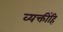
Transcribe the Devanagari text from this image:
व्यक्तींहि